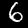
Digit: 6